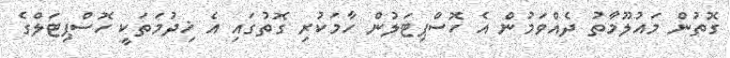
ގޮތުން މައުލޫމާތު ދެއްވަމުން އެ ހޮސްޕިޓަލުން ހާމަކުރި ގޮތުގައި އެ ޚިދުމަތަކީ ހޮސްޕިޓަލްގެ